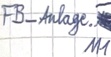
Text: FB_Anlage.M1